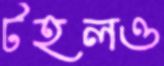
টহলও